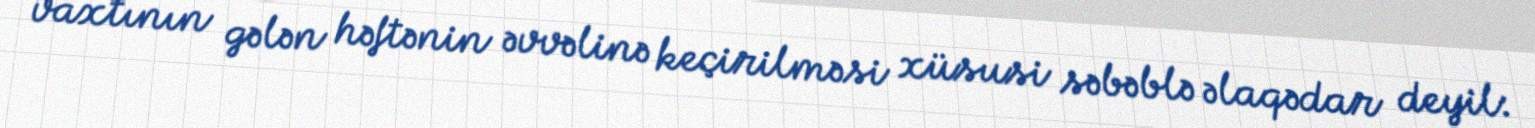
vaxtının gələn həftənin əvvəlinə keçirilməsi xüsusi səbəblə əlaqədar deyil: